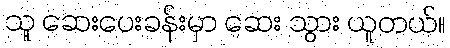
သူ ဆေးပေးခန်းမှာ ဆေး သွား ယူတယ်။